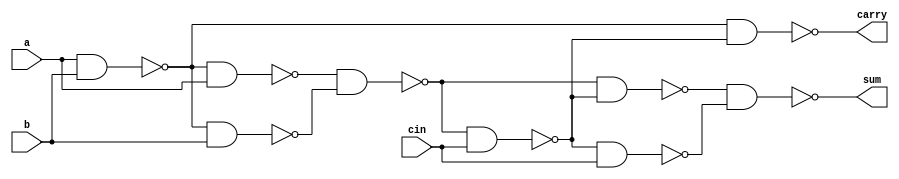
module fa_nand( input a, b,cin,output sum,carry);
  wire o1,o2,o3,o4,o5,o6,o7;
  assign o1 = ~(a&b);
  assign o2 = ~(o1&a);
  assign o3 = ~(o1&b);
  assign o4 = ~(o2&o3);
  assign o5 = ~(o4&cin);
  assign o6 = ~(o4&o5);
  assign o7 = ~(o5&cin);
  assign sum = ~(o6&o7);
  assign carry = ~(o1&o5);
endmodule